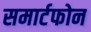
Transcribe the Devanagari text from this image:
समार्टफोन